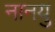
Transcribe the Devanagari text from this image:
नानयु